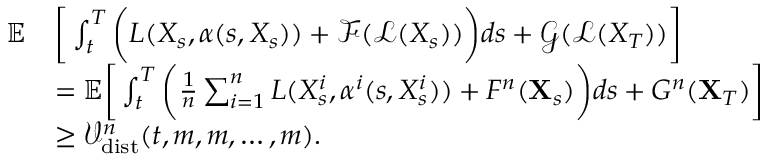
\begin{array} { r l } { { \mathbb E } } & { \bigg [ \int _ { t } ^ { T } \bigg ( L ( X _ { s } , \alpha ( s , X _ { s } ) ) + \mathcal { F } ( \mathcal { L } ( X _ { s } ) ) \bigg ) d s + \mathcal { G } ( \mathcal { L } ( X _ { T } ) ) \bigg ] } \\ & { = { \mathbb E } \bigg [ \int _ { t } ^ { T } \bigg ( \frac { 1 } { n } \sum _ { i = 1 } ^ { n } L ( X _ { s } ^ { i } , \alpha ^ { i } ( s , X _ { s } ^ { i } ) ) + F ^ { n } ( \mathbf { X } _ { s } ) \bigg ) d s + G ^ { n } ( \mathbf { X } _ { T } ) \bigg ] } \\ & { \ge \mathcal { V } _ { \mathrm { d i s t } } ^ { n } ( t , m , m , \ldots , m ) . } \end{array}